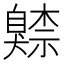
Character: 𦤧